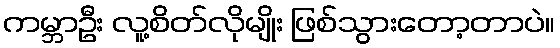
ကမ္ဘာဦး လူ့စိတ်လိုမျိုး ဖြစ်သွားတော့တာပဲ။